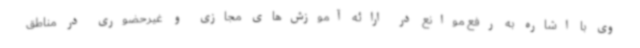
وی با اشاره به رفع موانع در ارائه آموزش‌های مجازی و غیرحضوری در مناطق